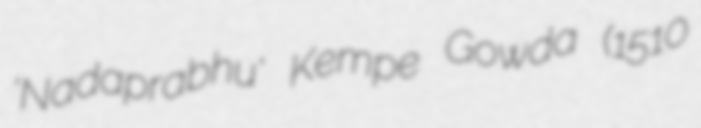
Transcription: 'Nadaprabhu' Kempe Gowda (1510